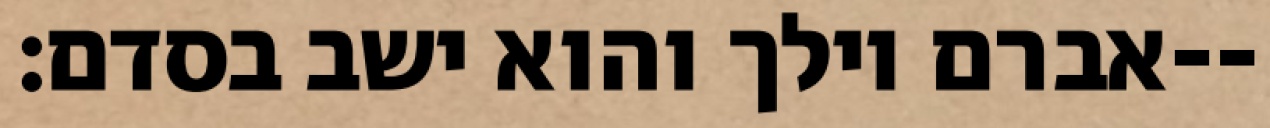
אברם וילך והוא ישב בסדם׃--